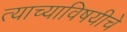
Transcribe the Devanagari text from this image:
त्याच्याविषयीचे